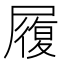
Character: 履